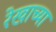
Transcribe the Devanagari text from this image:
रेखाच्या